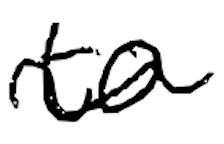
Text: to
Cross-out: wave
Writing tool: digital_black